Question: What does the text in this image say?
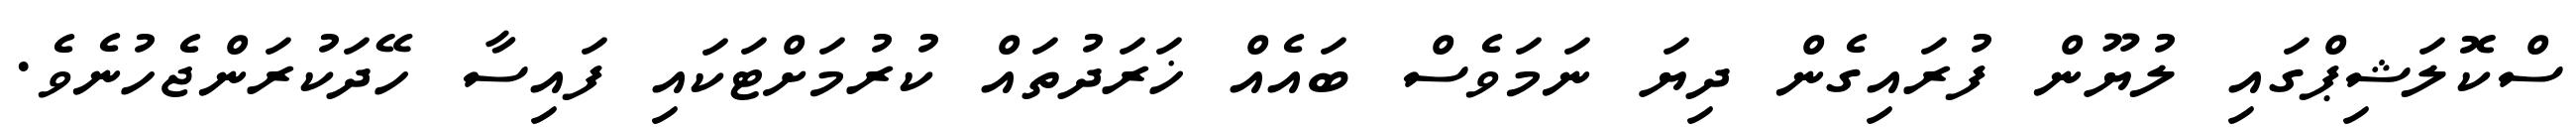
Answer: ސްކޮލަޝިޕްގައި ލުޔޫން ފުރައިގެން ދިޔަ ނަމަވެސް ބައެއް ޚަރަދުތައް ކުރުމަށްޓަކައި ފައިސާ ހޭދަކުރަންޖެހުނެވެ.